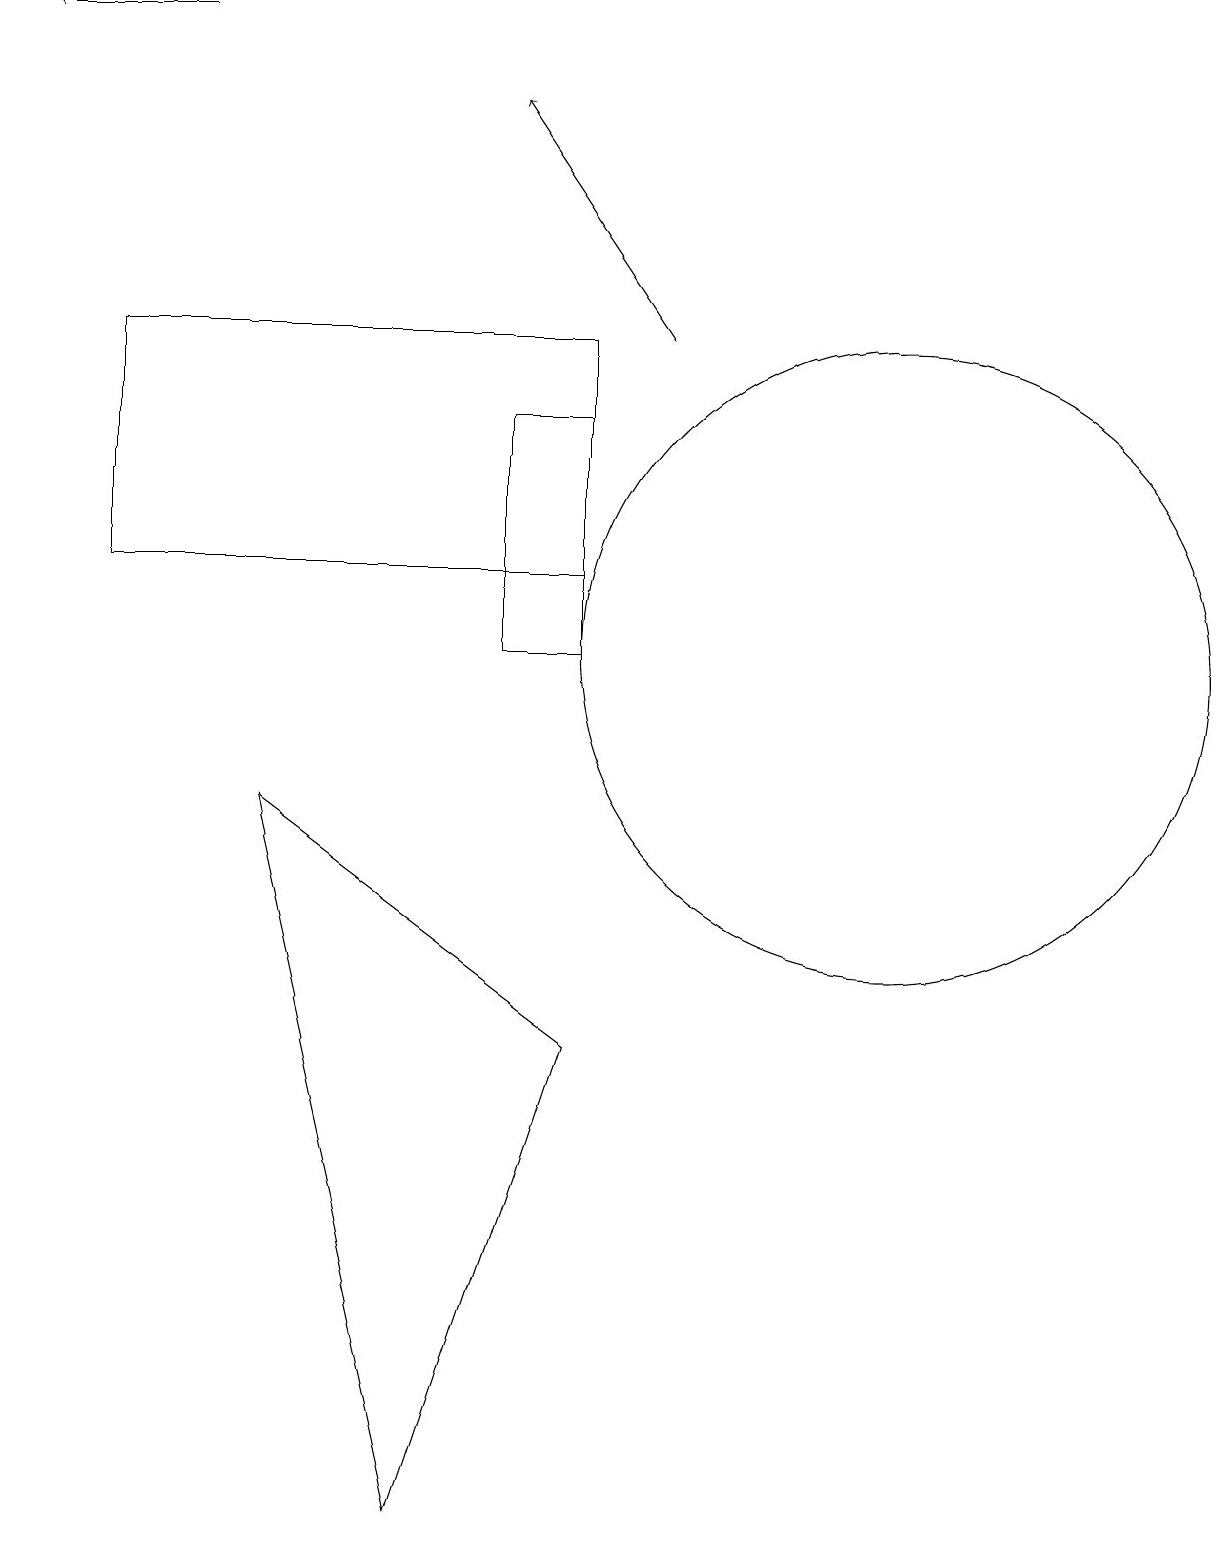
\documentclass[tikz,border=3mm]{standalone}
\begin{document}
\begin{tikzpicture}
\draw[->] (2,19) -- (0,19);
\draw (11,11) circle (4);
\draw (1,15) rectangle (7,12);
\draw (7,14) rectangle (6,11);
\draw (3,9) -- (7,6) -- (5,0) -- cycle;
\draw (1,12) rectangle (1,14);
\draw[->] (8,15) -- (6,18);
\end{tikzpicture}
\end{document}